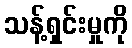
သန့်ရှင်းမှုကို